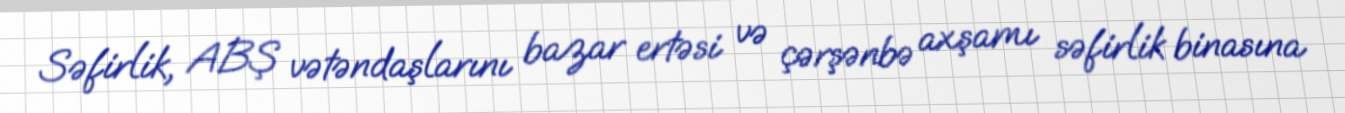
Səfirlik, ABŞ vətəndaşlarını bazar ertəsi və çərşənbə axşamı səfirlik binasına